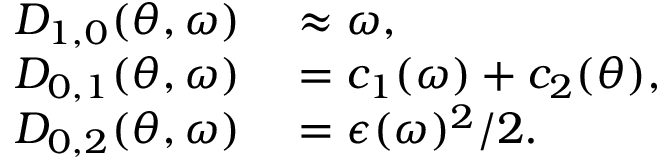
\begin{array} { r l } { D _ { 1 , 0 } ( \theta , \omega ) } & { { } \approx \omega , } \\ { D _ { 0 , 1 } ( \theta , \omega ) } & { { } = c _ { 1 } ( \omega ) + c _ { 2 } ( \theta ) , } \\ { D _ { 0 , 2 } ( \theta , \omega ) } & { { } = \epsilon ( \omega ) ^ { 2 } / 2 . } \end{array}